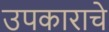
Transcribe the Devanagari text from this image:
उपकाराचे